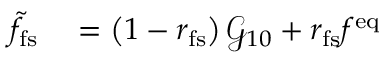
\begin{array} { r l } { \tilde { f } _ { \mathrm { f s } } } & { { } = \left( 1 - r _ { \mathrm { f s } } \right) \mathcal { G } _ { 1 0 } + r _ { \mathrm { f s } } f ^ { \mathrm { e q } } } \end{array}